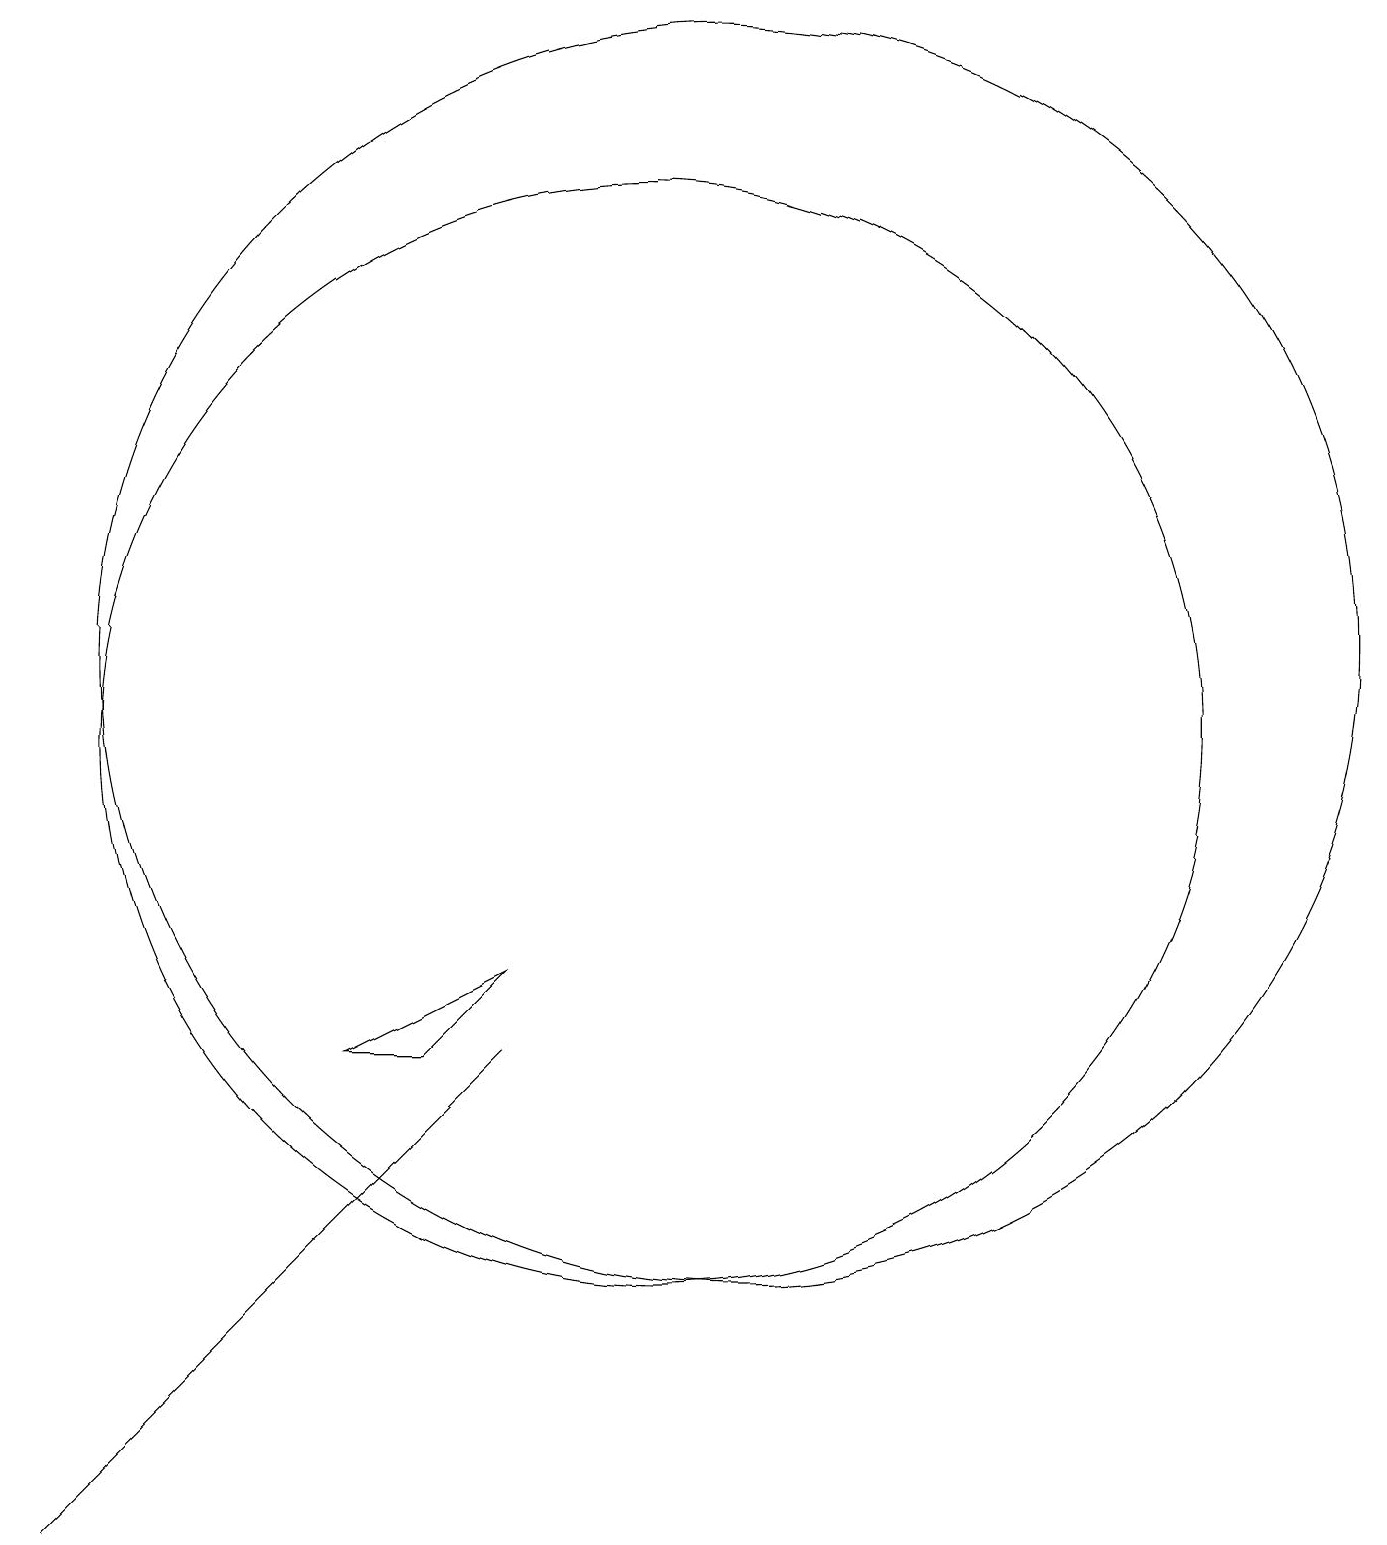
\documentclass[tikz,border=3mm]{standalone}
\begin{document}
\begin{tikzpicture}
\draw (11,12) circle (0);
\draw (3,0) -- (9,6) -- (8,5) -- cycle;
\draw (11,10) circle (7);
\draw (12,11) circle (8);
\draw (8,6) -- (7,6) -- (9,7) -- cycle;
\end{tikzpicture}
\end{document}